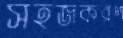
সহজকরণ